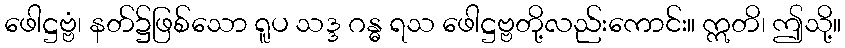
ဖေါဋ္ဌဗ္ဗံ၊ နတ်၌ဖြစ်သော ရူပ သဒ္ဒ ဂန္ဓ ရသ ဖေါဋ္ဌဗ္ဗတို့လည်းကောင်း။ ဣတိ၊ ဤသို့။